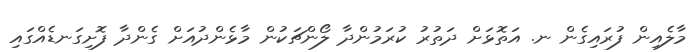
މާލެއިން ފުރައިގެން ނ. އަތޮޅަށް ދަތުރު ކުރަމުންދާ ލޯންޗަކުން މާޅެންދުއަށް ގެންދާ ފޮށިގަނޑެއްގައި